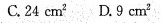
C.24cm^{2} D.9cm^{2}